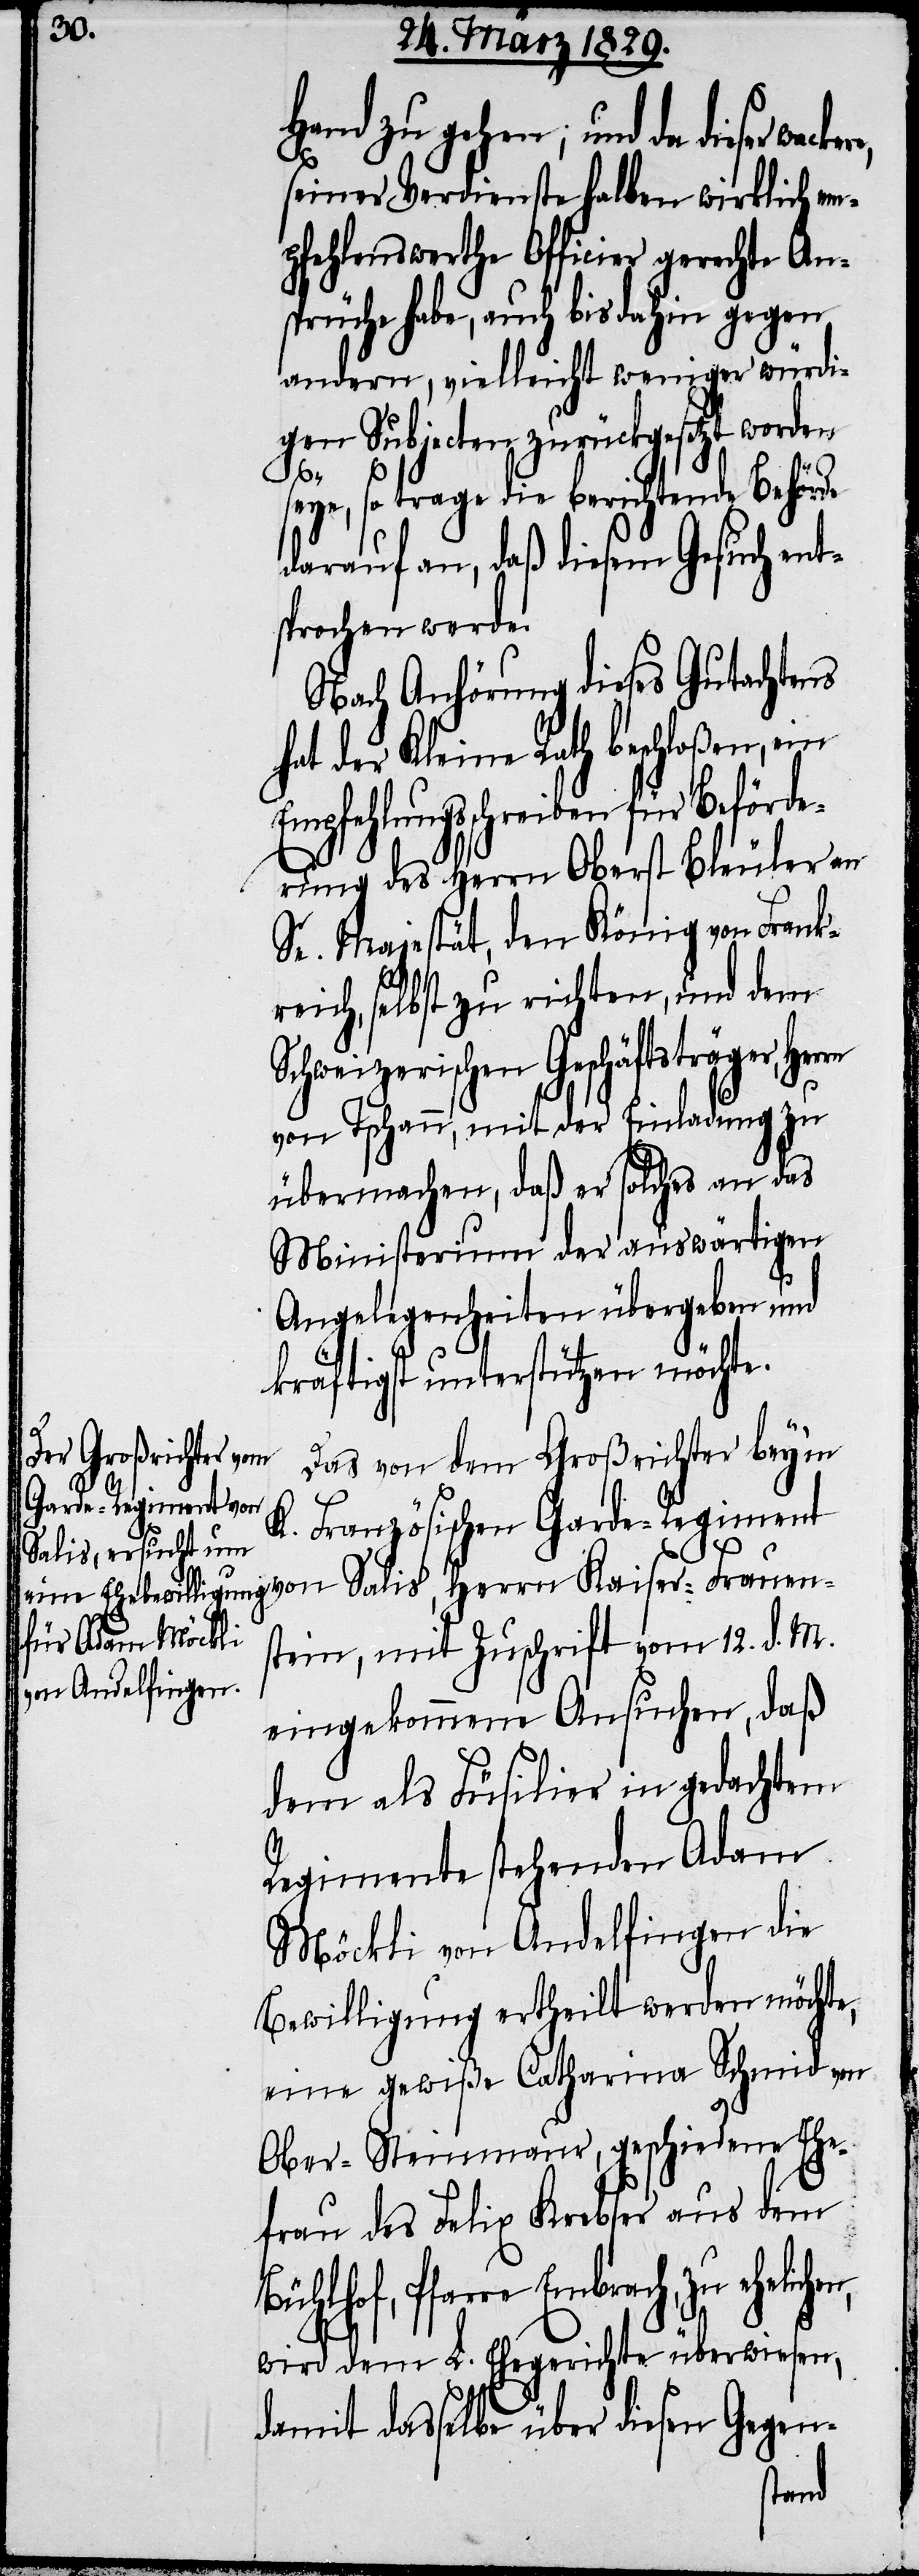
Hand zu gehen; und da dieser
seiner Verdienste halben wirklich em¬
pfehlenswerthe Officier gerechte An¬
sprüche habe, auch bis dahin gegen
andern, vielleicht weniger würdi¬
gen Subjecten zurückgesetzt worden
s¬
eye, so trage die berichtende Behörde
darauf an, daß diesem Gesuch ent¬
sprochen werde.
Nach Anhörung dieses Gutachtens
hat der Kleine Rath beschloßen,
Empfehlungsschreiben für Beförde¬
rung des Herrn Oberst Bleuler an
Sr. Majestät, den König von Frank¬
reich, selbst zu richten, und dem
Schweizerischen Geschäftsträger,
von Tschann, mit der Einladung zu
übermachen, daß er solches an das
Ministerium der auswärtigen
Angelegenheiten übergeben und
kräftigst unterstützen möchte.
Das von dem Großrichter bey’m
K. Französischen Garde-Regiment
von Salis, Herrn Kaiser-Frauen¬
stein, mit Zuschrift vom 12. d. M.
eingekommene Ansuchen, daß
dem als Füsilier in gedachtem
Regimente stehenden Adam
Möckli von Andelfingen die
Bewilligung ertheilt werden möchte,
eine gewiße Catharina Schmid von
Ober-Steinmaur, geschiedene Ehe¬
frau des Felix Krebser aus dem
Bühlhof, Pfarre Embrach,
wird dem L. Ehegerichte überwiesen,
damit dasselbe über diesen Gegen-